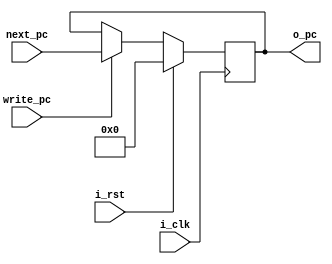
`timescale 1ns / 1ps

module program_counter  #(
    parameter       MSB     =   32
)
(
    input   wire    i_clk   ,   i_rst   ,
    input   wire    [MSB-1:0]   next_pc ,   //  Entrada de la nueva instruccion
    input   wire                write_pc,   //  Entrada que actualiza el registro en este ciclo
    output  reg     [MSB-1:0]   o_pc        //  Salida
);

always  @(posedge i_clk)
    begin
        if  (i_rst)
        begin
            o_pc        <=      32'b0   ;
        end
        else if (write_pc)
            o_pc        <=      next_pc ;
    end

endmodule